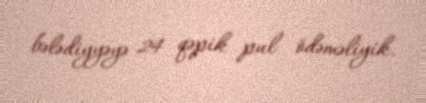
bələdiyyəyə 24 qəpik pul ödəməliyik.